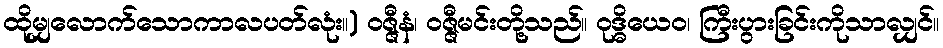
ထိုမျှလောက်သောကာလပတ်လုံး။) ဝဇ္ဇီနံ၊ ဝဇ္ဇီမင်းတို့သည်။ ဝုဒ္ဓိယေဝ၊ ကြီးပွားခြင်းကိုသာလျှင်။